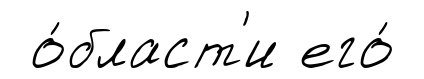
о́бласт'и его́